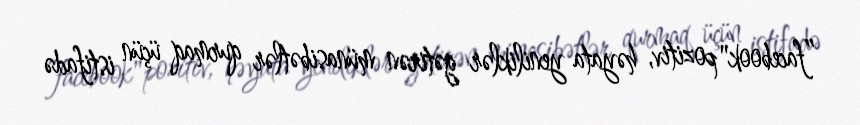
”facebook" pozitiv, həyata yeniliklər gətirən münasibətlər qurmaq üçün istifadə